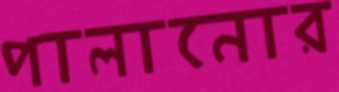
পালানোর